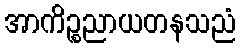
အာကိဉ္စညာယတနသညံ